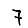
Digit: 7